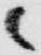
候